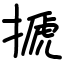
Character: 搋